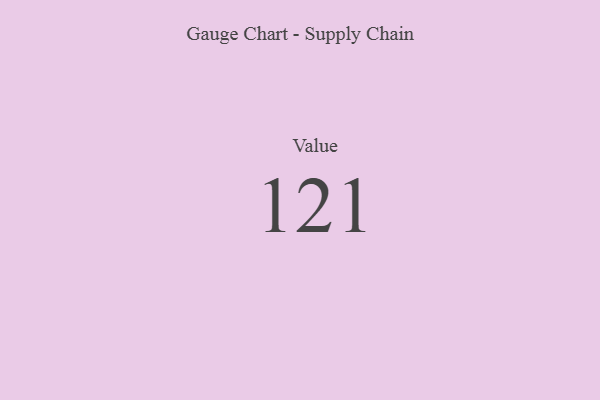
{"axis": {"x": "Metric", "y": "Value"}, "legend": [""], "data": [{"x": "Value", "y": 121, "type": ""}]}